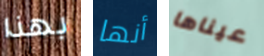
بهذا أنها عيناها